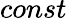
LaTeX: const